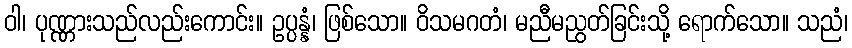
ဝါ၊ ပုဏ္ဏားသည်လည်းကောင်း။ ဥပ္ပန္နံ၊ ဖြစ်သော။ ဝိသမဂတံ၊ မညီမညွတ်ခြင်းသို့ ရောက်သော။ သညံ၊